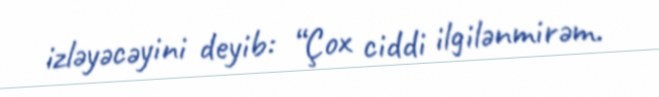
izləyəcəyini deyib: “Çox ciddi ilgilənmirəm.